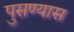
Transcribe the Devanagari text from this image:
पुसण्यास